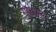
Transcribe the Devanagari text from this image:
गोवसा